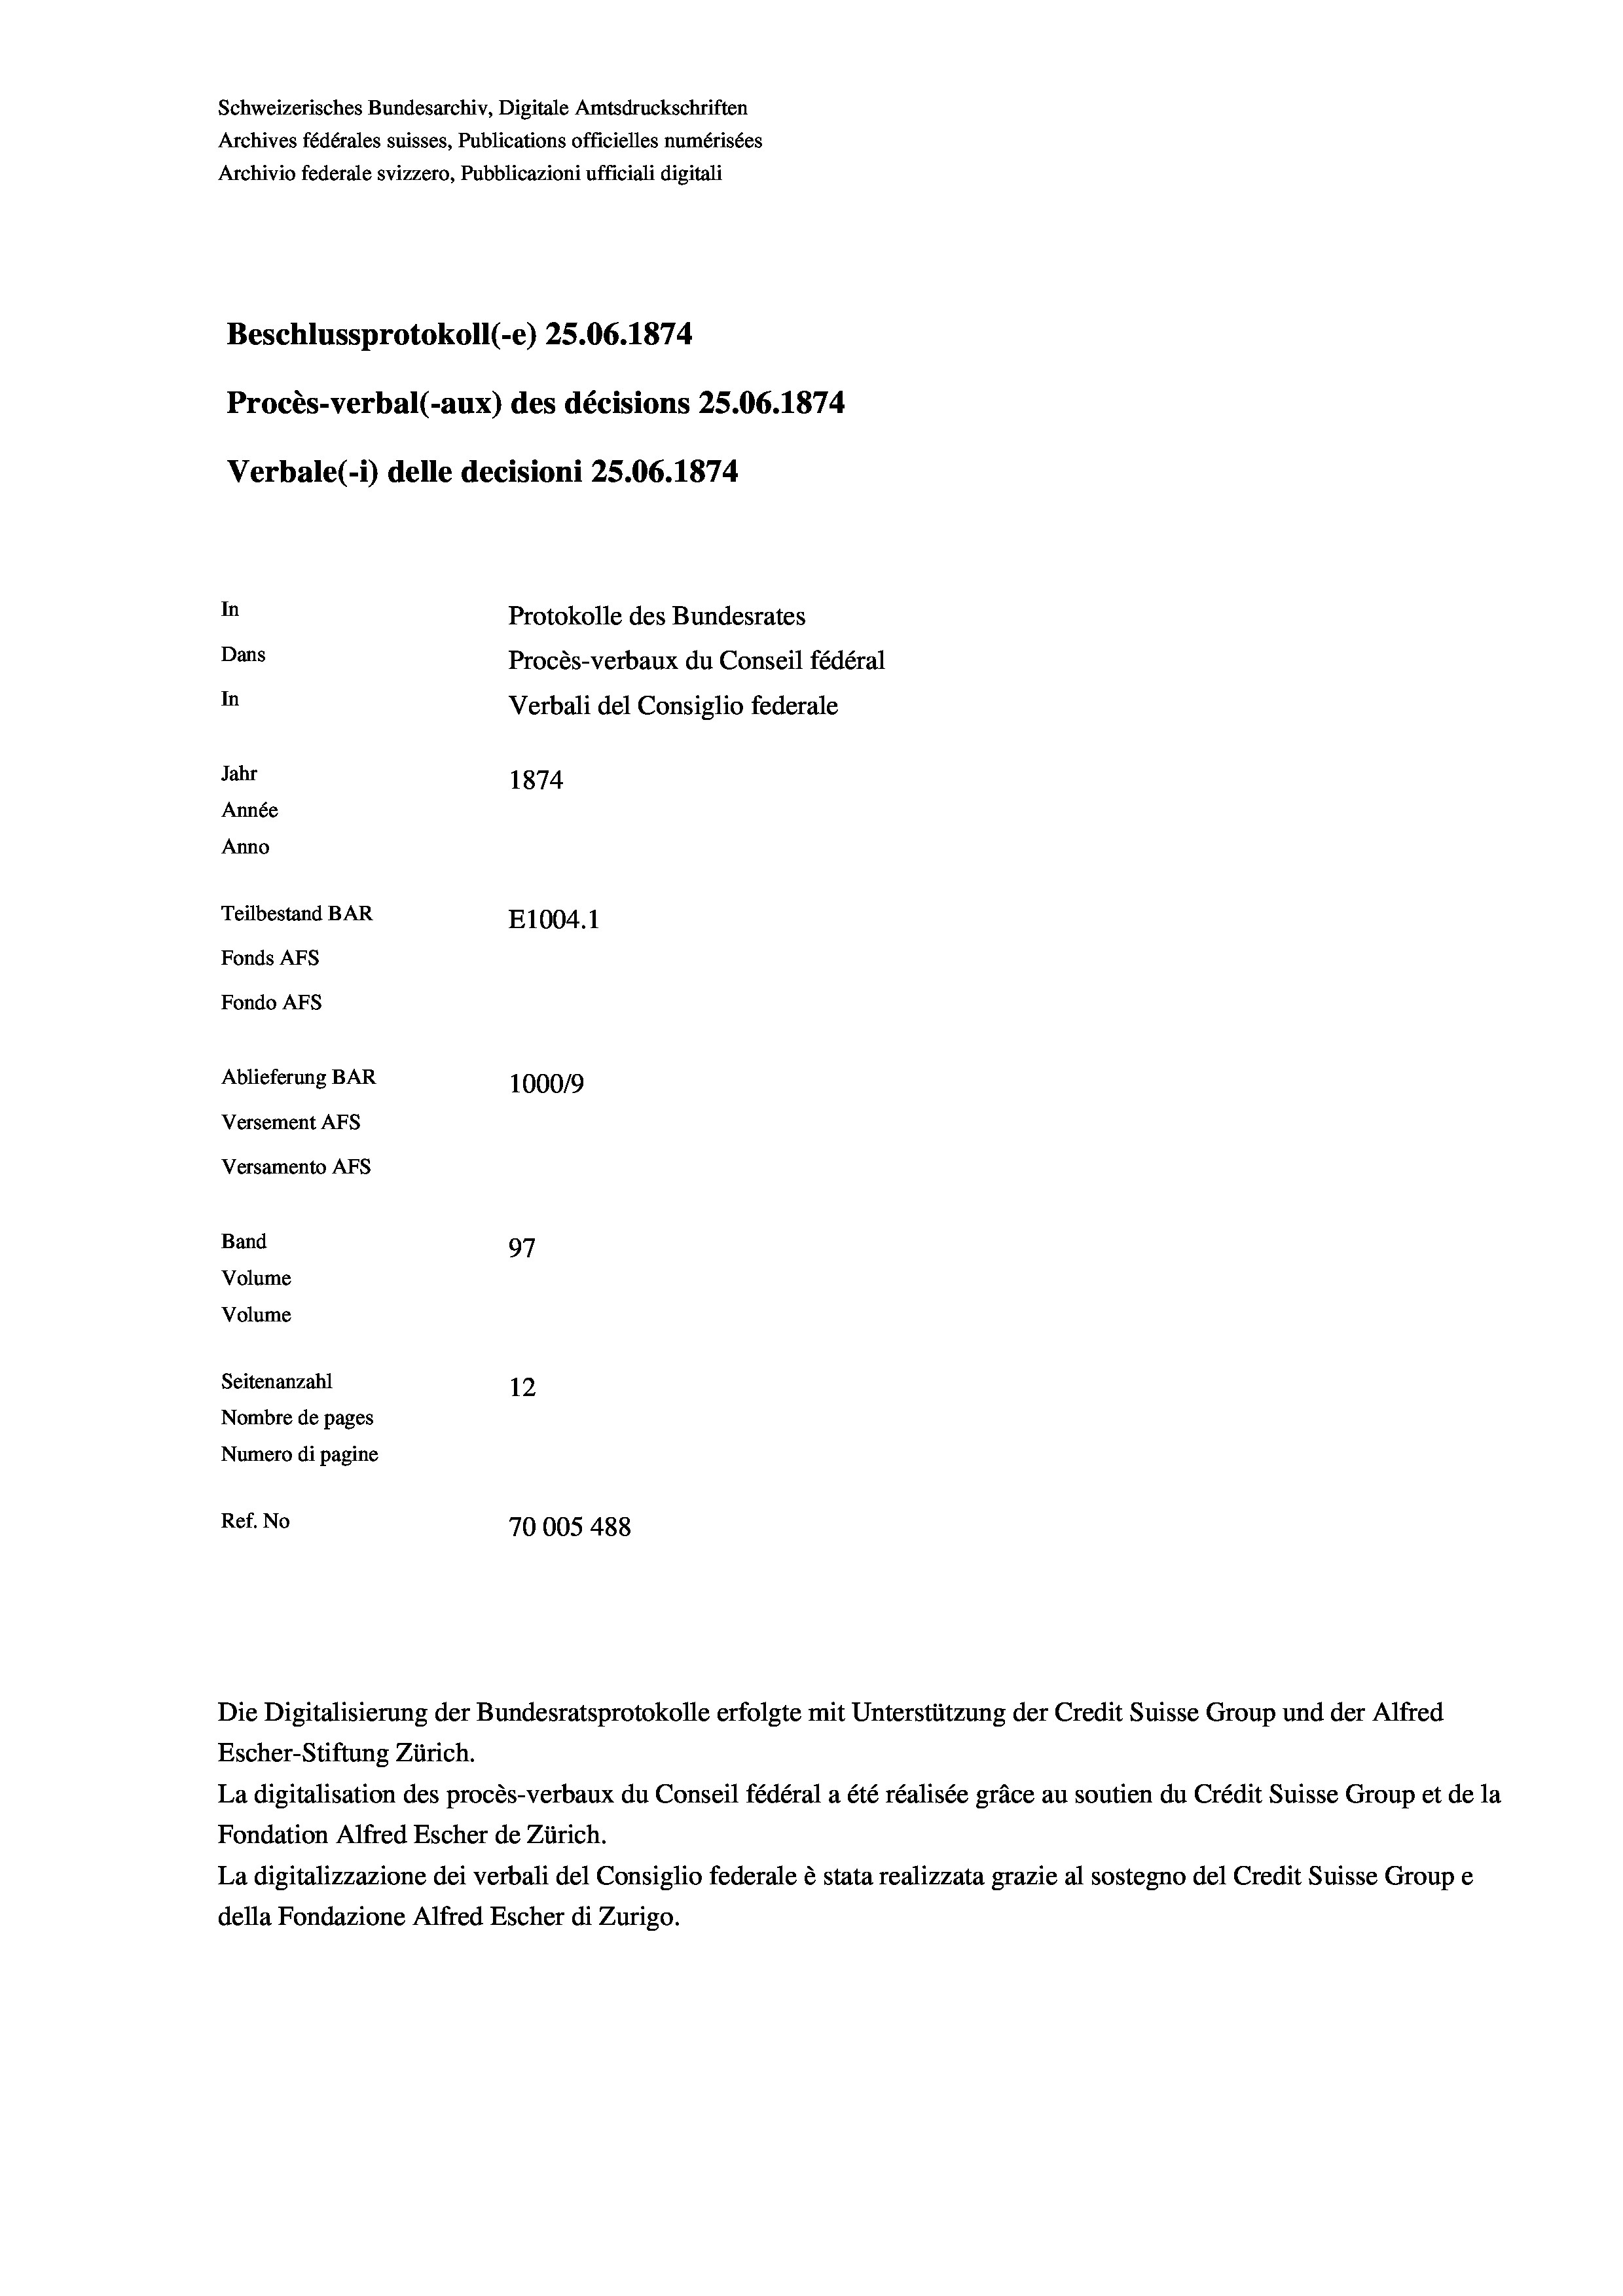
Schweizerisches Bundesarchiv, Digitale Amtsdruckschriften
Archives fédérales suisses, Publications officielles numérisées
Archivio federale svizzero, Pubblicazioni ufficiali digitali
Beschlussprotokoll (-e) 25.06. 1874
Procès-verbal (-aux) des décisions 25.06. 1874
Verbale (1) delle decisioni 25.06. 1874
In
Protokolle des Bundesrates
Dans
Procès-verbaux du Conseil fédéral
In
Verbali del Consiglio federale
Jahr
1874
Année
Anno
Teilbestand BAR
E1004.1
Fonds AFs
Fondo AFs
Ablieferung BAR
100019
Versement Abs
Versamento Afs
Band
97
Volume
Volume

Seitenanzahl
12
Nombre de pages
Numero di pagine
Ref. No
70005 488

Escher-Stiftung Zürich.
La digitalisation des procès-verbaux du Conseil fédéral a été réalisée gräce au soutien du Crédit Suisse Group et de la
Fondation Alfred Escher de Zürich.
La digitalizzazione dei verbali del Consiglio federale è stata realizzata grazie al sostegno del Credit Suisse Groupe
della Fondazione Alfred Escher di Zurigo.

Die Digitalisierung der Bundesratsprotokolle erfolgte mit Unterstützung der Credit Suisse Group und der Alfred